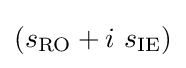
(s_{\mathrm {RO} }+i\ s_{\mathrm {IE} })